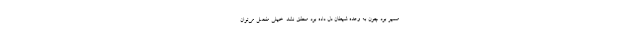
مسیر بود چون به وعده شیطان دل داده بود محقق نشد. خیلی مفصل می‌توان